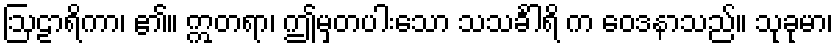
ဩဠာရိကာ၊ ၏။ ဣတရာ၊ ဤမှတပါးသော သသင်္ခါရိ က ဝေဒနာသည်။ သုခုမာ၊